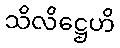
သိလိဋ္ဌေဟိ